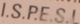
I.S.PE.S.L